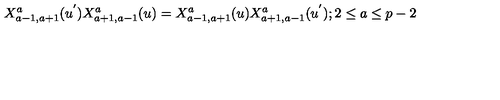
X _ { a - 1 , a + 1 } ^ { a } ( u ^ { ' } ) X _ { a + 1 , a - 1 } ^ { a } ( u ) = X _ { a - 1 , a + 1 } ^ { a } ( u ) X _ { a + 1 , a - 1 } ^ { a } ( u ^ { ' } ) ; 2 \leq a \leq p - 2